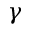
\gamma